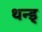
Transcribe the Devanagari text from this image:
थन्ड्